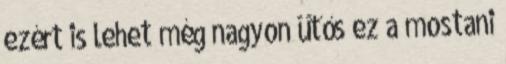
ezért is lehet még nagyon ütős ez a mostani